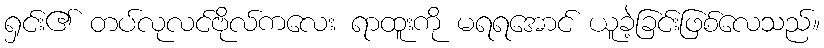
ရှင်း၏ တပ်လုလင်ဗိုလ်ကလေး ရာထူးကို မရရအောင် ယူခဲ့ခြင်းဖြစ်လေသည်။